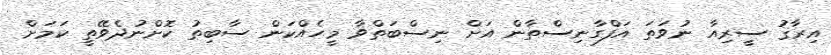
އިރާޤު ސީރިއާ ނުވަތަ އަފްގާނިސްތާން އަށް ނިސްބަތްވާ މީހެއްކަން ސާބިތު ކޮށްނުދެވޭތީ ކަމަށް